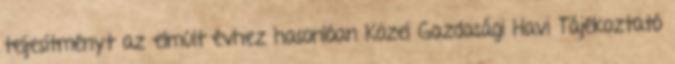
teljesítményt az elmúlt évhez hasonlóan Közel Gazdasági Havi Tájékoztató